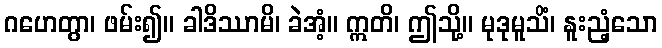
ဂဟေတွာ၊ ဖမ်း၍။ ခါဒိဿာမိ၊ ခဲအံ့။ ဣတိ၊ ဤသို့။ မုဒုမူသိံ၊ နူးညံ့သော